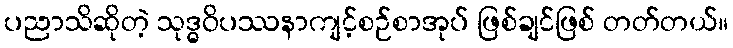
ပညာသိဆိုတဲ့ သုဒ္ဓဝိပဿနာကျင့်စဉ်စာအုပ် ဖြစ်ချင်ဖြစ် တတ်တယ်။